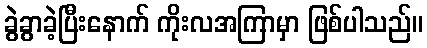
ခွဲခွာခဲ့ပြီးနောက် ကိုးလအကြာမှာ ဖြစ်ပါသည်။